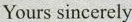
Yours sincerely